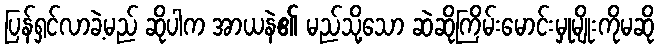
ပြန်ရှင်လာခဲ့မည် ဆိုပါက အာယနဲ၏ မည်သို့သော ဆဲဆိုကြိမ်းမောင်းမှုမျိုးကိုမဆို